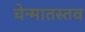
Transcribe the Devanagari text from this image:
चेन्मातस्तव